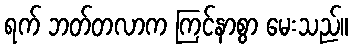
ရက် ဘတ်တလာက ကြင်နာစွာ မေးသည်။